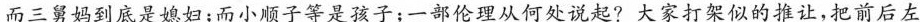
而三舅妈到底是媳妇；而小顺子等是孩子；一部伦理从何处说起?大家打架似的推让，把前后左